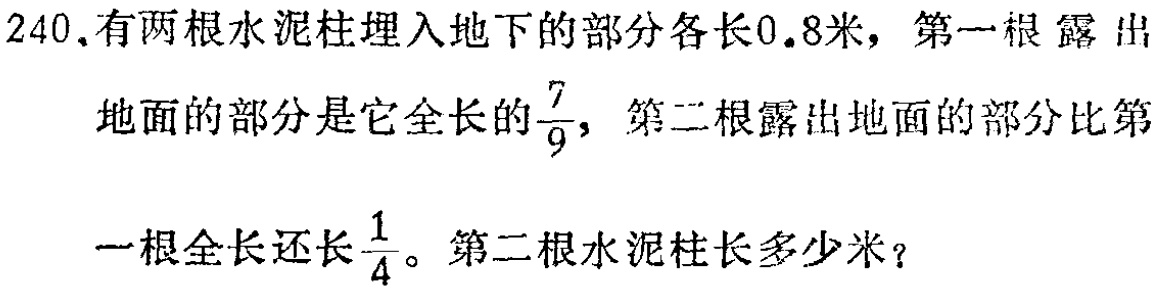
240.有两根水泥柱埋入地下的部分各长0.8米，第一根露出

地面的部分是它全长的$\frac{7}{9}$，第二根露出地面的部分比第

一根全长还长$\frac{1}{4}$。第二根水泥柱长多少米？